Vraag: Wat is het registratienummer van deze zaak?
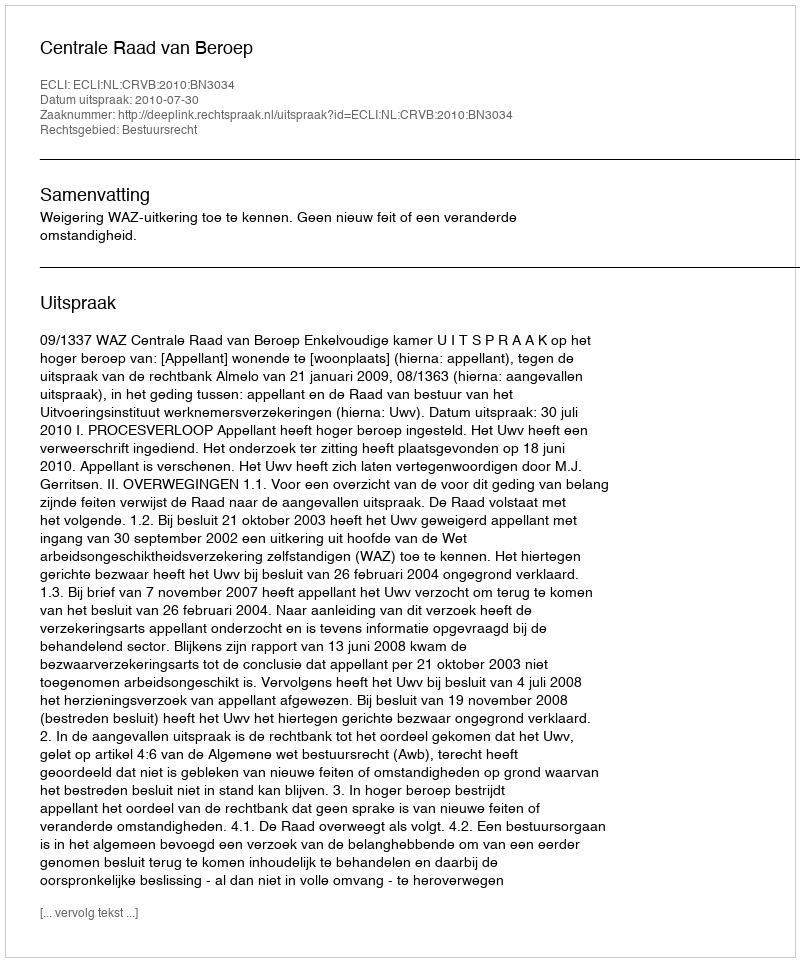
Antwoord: http://deeplink.rechtspraak.nl/uitspraak?id=ECLI:NL:CRVB:2010:BN3034